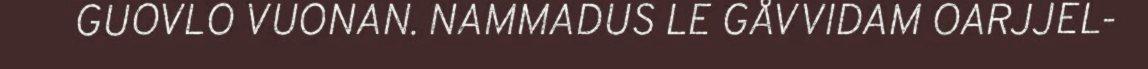
GUOVLO VUONAN. NAMMADUS LE GÅVVIDAM OARJJEL-